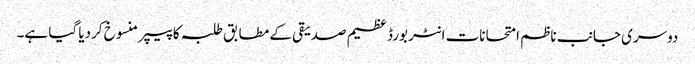
‎دوسری جانب ناظم امتحانات انٹر بورڈ عظیم صدیقی کے مطابق طلبہ کا پیپر منسوخ کردیا گیا ہے۔